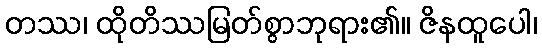
တဿ၊ ထိုတိဿမြတ်စွာဘုရား၏။ ဇိနထူပေါ၊